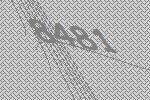
8481